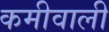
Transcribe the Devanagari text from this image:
कमीवाली